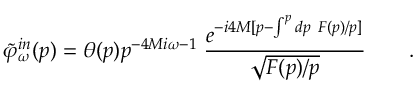
\tilde { \varphi } _ { \omega } ^ { i n } ( p ) = \theta ( p ) p ^ { - 4 M i \omega - 1 } \; { \frac { e ^ { - i 4 M [ p - \int ^ { p } d p \ F ( p ) / p ] } } { \sqrt { F ( p ) / p } } } \qquad .